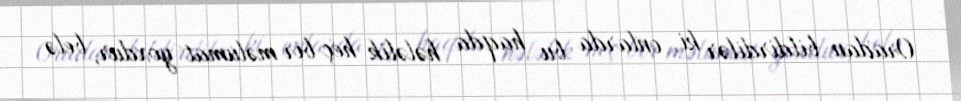
Oradan bildirdilər ki, onlarda bu haqda hələlik heç bir məlumat yoxdur, belə